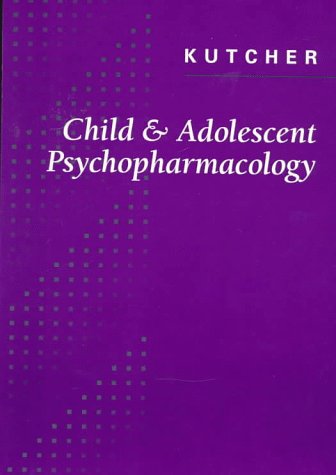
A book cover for Child and Adolescent Psychopharmacology, 1e; S. P. Kutcher MD  FRCP(C); Medical Books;